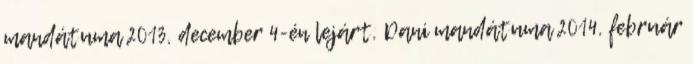
mandátuma 2013. december 4-én lejárt. Dani mandátuma 2014. február